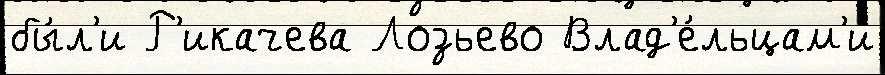
бы́л'и Р'икачева Лозьево Влад'е́льцам'и